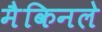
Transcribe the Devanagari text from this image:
मैकिनले